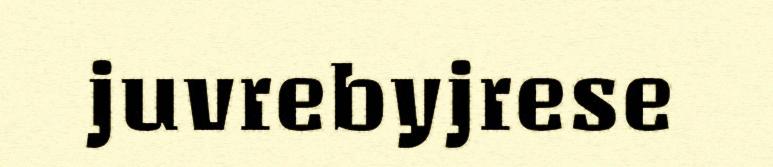
juvrebyjrese